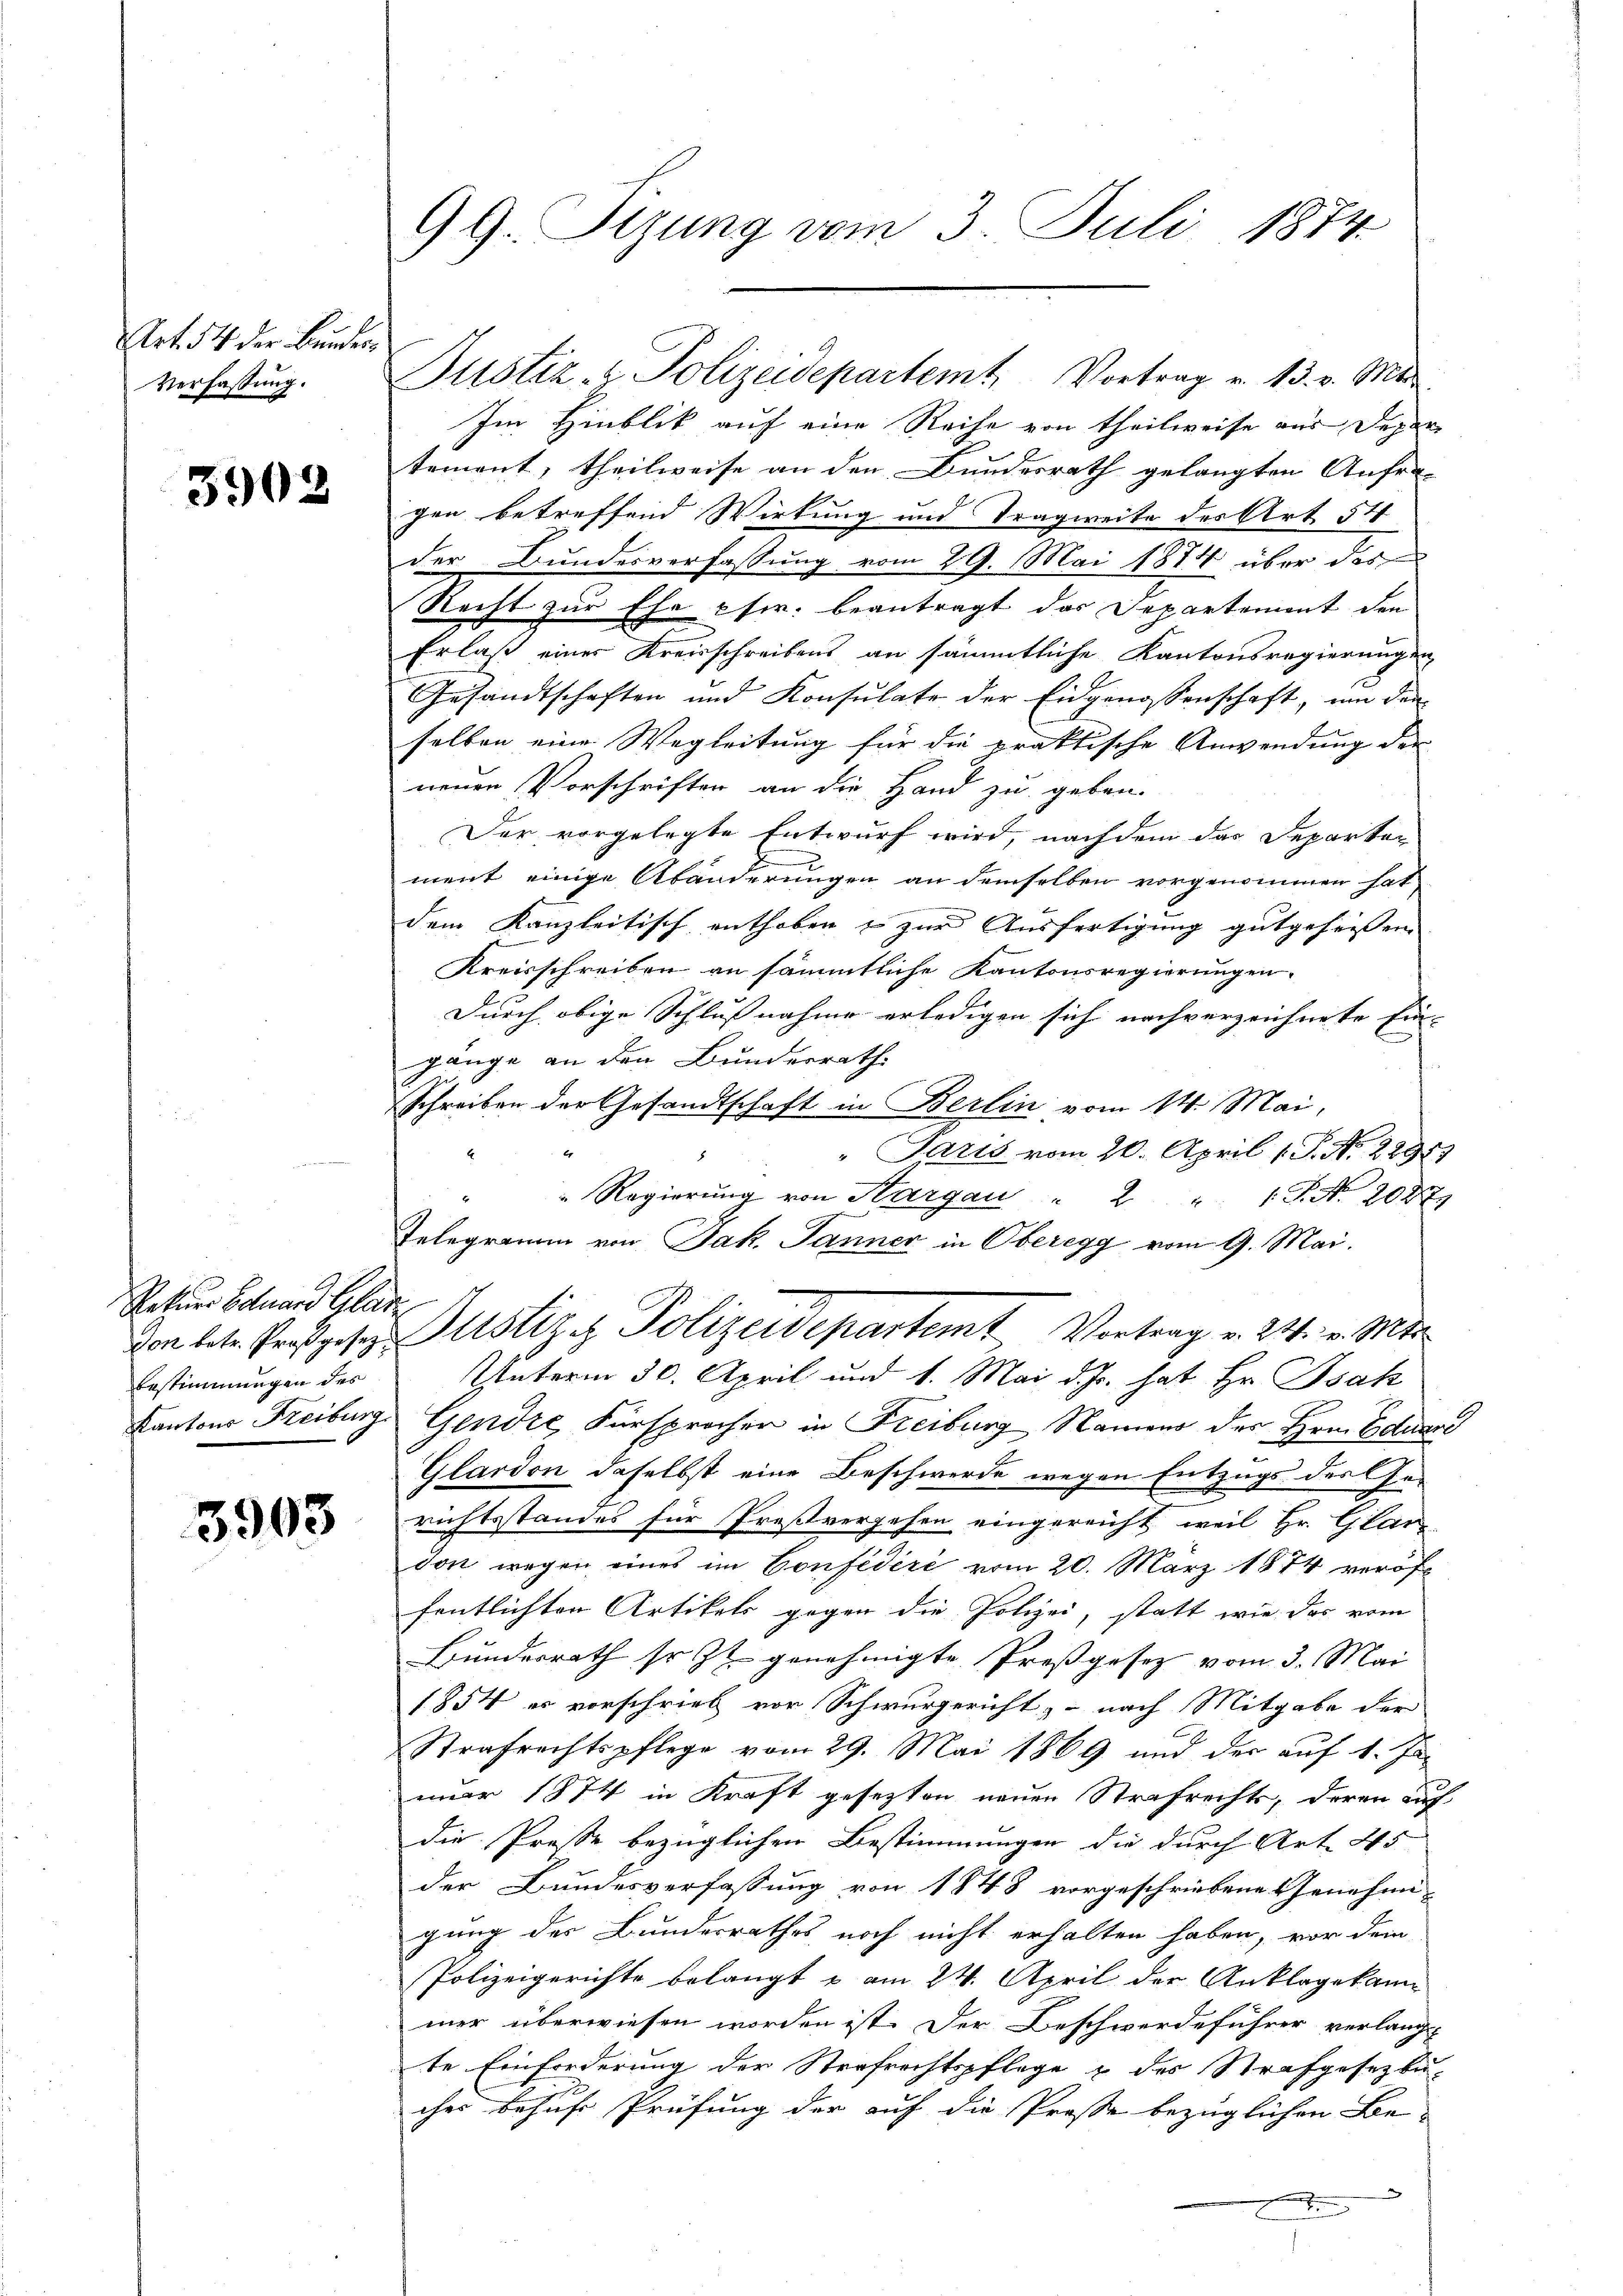
Art. 54 der Bunder¬
Verfassung.

3902

Rekurr Eduard Glarus
Bestimmungen des

3903

99. Sizung vom 3. Juli 1874.

Im Hinblik auf eine Reihe von theilweise aus Depar-
tement, theilweise an den Bundesrath gelangten Anfragen betreffend Wirkung und Tragweite des Art. 54
der Bundesverfassung vom 29. Mai 1874 über das
Recht zur Ehe pfer. beantragt das Departement den
Erlaß einer Kreisschreibens an sämmtliche Kantonsregierungen
Gesandtschaften und Konsulate der Eidgenossenschaft, um den
selben eine Wegleitung für die praktische Anwendung der
neuen Vorschriften an die Hand zu geben.
Der vorgelegte Entwurf wird, nachdem das Departen
ment einige Abänderungen an demselben vorgenommen hat
dem Kanzleitisch enthoben & zur Ausfertigung gutgefressen
Kreisschreiben an sämmtliche Kantonsregierungen
Durch obige Schlußnahme erledigen sich nachverzeichnete Ein- |
gänge an den Bundesrath
Schreiben der Gesandtschaft in Berlin vom 14. Mai,
" Paris vom 20. April 1 S. N. 28919
" Regierung von Hargau " 2 " 1 S. Nr. 2087.
Telegramm von Jak. Jänner in Oberegg vom 9. Mai.
Von betr. Prospese Justiz z. Polizeidepartemt Vortrag v. 24. v. Mts.
Unterm 30. April und 1. Mai d. Js. hat Hr. Psak
Kantons Freiburg Gendre Fürsprocher in Freiburg Namens des Hrn. Eduard
Glardon daselbst eine Beschwerde wegen Entzugs des Ge-
richtsstandes für Preßvergehen eingereicht, weil Hr. Glarus
don wegen eines im Confidéré vom 20. März 1874 veröf
fentlichten Artikels gegen die Polizei, statt wie das vom
Bundesrath so Zt. genehmigte Proßgesetz vom 3. Mai
1854 es vorschrieb vor Schwurgericht, - nach Mitgabe der
Strafrechtspflege vom 29. Mai 1869 und der aŭf 1. Ja
nuar 1874 in Kraft gesetzten neuen Strafrechts, deren auf
die Presse bezüglichen Bestimmungen die durch Art. 45
der Bundesverfassung von 1848 vorgeschriebene Genehmi-
gung des Bundesrathes, noch nicht erhalten haben, vor dem
Polizeigerichte belangt u am 24. April der Anklagekan
mer überwiesen worden ist. Der Beschwerdeführer verlangt
te Einforderung der Strafrechtspflege & des Strafgesezbu-
ches behufe Prüfung der auf die Prose bezüglichen Be-
.

Justiz- & Polizeidepartemt Vortrag v. 13. v. Mts.